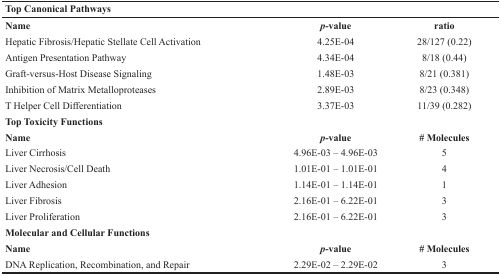
<table><thead><tr><td><b>Top Canonical Pathways</b></td><td></td><td></td></tr></thead><tbody><tr><td><b>Name</b></td><td><b><i>p</i></b><b>-value</b></td><td><b>ratio</b></td></tr><tr><td>Hepatic Fibrosis/Hepatic Stellate Cell Activation</td><td>4.25E-04</td><td>28/127 (0.22)</td></tr><tr><td>Antigen Presentation Pathway</td><td>4.34E-04</td><td>8/18 (0.44)</td></tr><tr><td>Graft-versus-Host Disease Signaling</td><td>1.48E-03</td><td>8/21 (0.381)</td></tr><tr><td>Inhibition of Matrix Metalloproteases</td><td>2.89E-03</td><td>8/23 (0.348)</td></tr><tr><td>T Helper Cell Differentiation</td><td>3.37E-03</td><td>11/39 (0.282)</td></tr><tr><td><b>Top Toxicity Functions</b></td><td></td><td></td></tr><tr><td><b>Name</b></td><td><b><i>p</i></b><b>-value</b></td><td><b># Molecules</b></td></tr><tr><td>Liver Cirrhosis</td><td>4.96E-03 – 4.96E-03</td><td>5</td></tr><tr><td>Liver Necrosis/Cell Death</td><td>1.01E-01 – 1.01E-01</td><td>4</td></tr><tr><td>Liver Adhesion</td><td>1.14E-01 – 1.14E-01</td><td>1</td></tr><tr><td>Liver Fibrosis</td><td>2.16E-01 – 6.22E-01</td><td>3</td></tr><tr><td>Liver Proliferation</td><td>2.16E-01 – 6.22E-01</td><td>3</td></tr><tr><td><b>Molecular and Cellular Functions</b></td><td></td><td></td></tr><tr><td><b>Name</b></td><td><b><i>p</i></b><b>-value</b></td><td><b># Molecules</b></td></tr><tr><td>DNA Replication, Recombination, and Repair</td><td>2.29E-02 – 2.29E-02</td><td>3</td></tr></tbody></table>